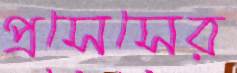
প্রসেসের